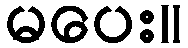
မပေး။